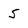
Character: 5